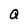
Character: Q